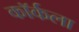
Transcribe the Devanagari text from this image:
कॉर्कला